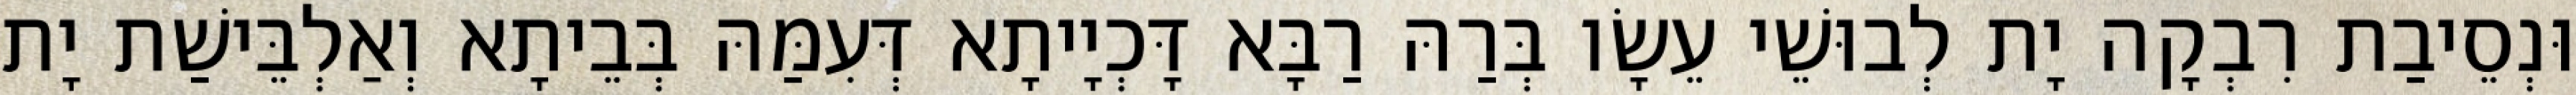
וּנְסֵיבַת רִבְקָה יָת לְבוּשֵׁי עֵשָׂו בְּרַהּ רַבָּא דָּכְיָיתָא דְּעִמַּהּ בְּבֵיתָא וְאַלְבֵּישַׁת יָת